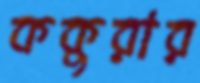
ককুরার